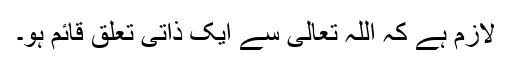
لازم ہے کہ اللہ تعالیٰ سے ایک ذاتی تعلق قائم ہو۔